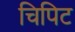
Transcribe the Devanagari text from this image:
चिपिट